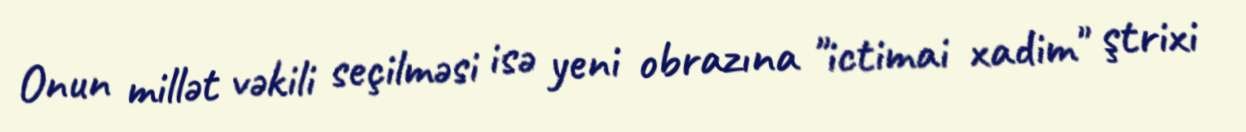
Onun millət vəkili seçilməsi isə yeni obrazına "ictimai xadim" ştrixi